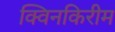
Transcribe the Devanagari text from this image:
क्विनकिरीम